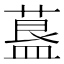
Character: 𦹧